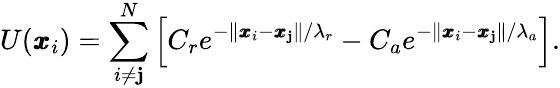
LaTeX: U(\pmb{x}_{i})=\sum_{i\neq\mathbf{j}}^{N}\left[C_{r}e^{-\| \pmb{x}_{i}-\pmb{x}_{\mathbf{j}}\| /\lambda_{r}}-C_{a}e^{-\| \pmb{x}_{i}-\pmb{x}_{\mathbf{j}}\| /\lambda_{a}}\right].